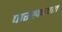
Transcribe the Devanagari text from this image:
पारखण्यात